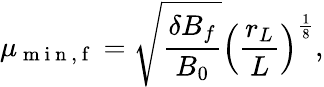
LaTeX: \mu_{\mathrm{~m~i~n~,~f~}}=\sqrt{\frac{\delta B_{f}}{B_{0}}}\Big(\frac{r_{L}}{L}\Big)^{\frac{1}{8}},